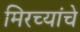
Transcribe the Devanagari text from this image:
मिरच्यांचे